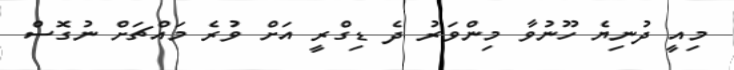
މިއީ ދުނިޔެ ހޫނުވާ މިންވަރު ދެ ޑިގްރީ އަށް ވުރެ މައްޗަށް ނުގޮސް